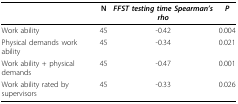
|  | N | FFST testing time Spearman's rho | P |
 | --- | --- | --- | --- |
 | Work ability | 45 | -0.42 | 0.004 |
 | Physical demands work ability | 45 | -0.34 | 0.021 |
 | Work ability + physical demands | 45 | -0.47 | 0.001 |
 | Work ability rated by supervisors | 45 | -0.33 | 0.026 |